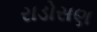
રાડોસણ